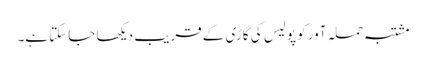
مشتبہ حملہ آور کو پولیس کی گاڑی کے قریب دیکھا جاسکتا ہے۔